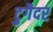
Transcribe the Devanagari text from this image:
टुगैदर